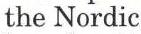
the Nordic